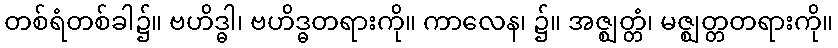
တစ်ရံတစ်ခါ၌။ ဗဟိဒ္ဓါ၊ ဗဟိဒ္ဓတရားကို။ ကာလေန၊ ၌။ အဇ္ဈတ္တံ၊ မဇ္ဈတ္တတရားကို။